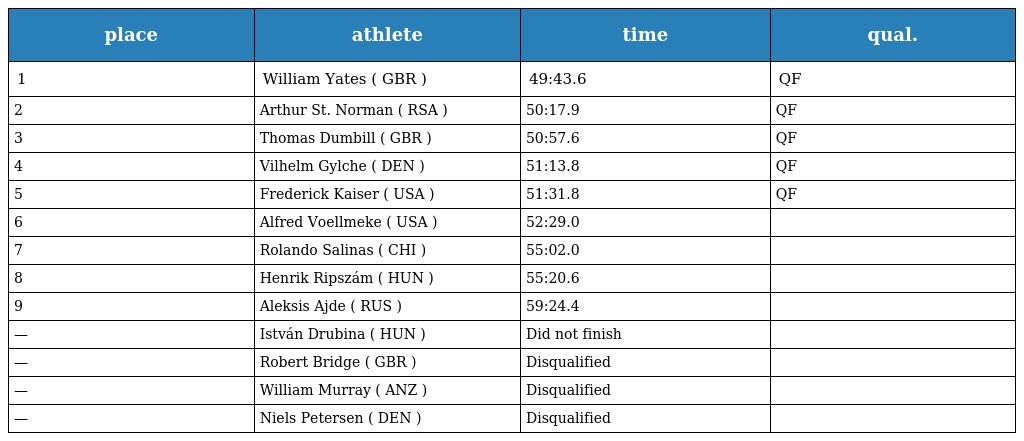
| place | athlete | time | qual. |
 | --- | --- | --- | --- |
 | 1 | William Yates ( GBR ) | 49:43.6 | QF |
 | 2 | Arthur St. Norman ( RSA ) | 50:17.9 | QF |
 | 3 | Thomas Dumbill ( GBR ) | 50:57.6 | QF |
 | 4 | Vilhelm Gylche ( DEN ) | 51:13.8 | QF |
 | 5 | Frederick Kaiser ( USA ) | 51:31.8 | QF |
 | 6 | Alfred Voellmeke ( USA ) | 52:29.0 |  |
 | 7 | Rolando Salinas ( CHI ) | 55:02.0 |  |
 | 8 | Henrik Ripszám ( HUN ) | 55:20.6 |  |
 | 9 | Aleksis Ajde ( RUS ) | 59:24.4 |  |
 | — | István Drubina ( HUN ) | Did not finish |  |
 | — | Robert Bridge ( GBR ) | Disqualified |  |
 | — | William Murray ( ANZ ) | Disqualified |  |
 | — | Niels Petersen ( DEN ) | Disqualified |  |